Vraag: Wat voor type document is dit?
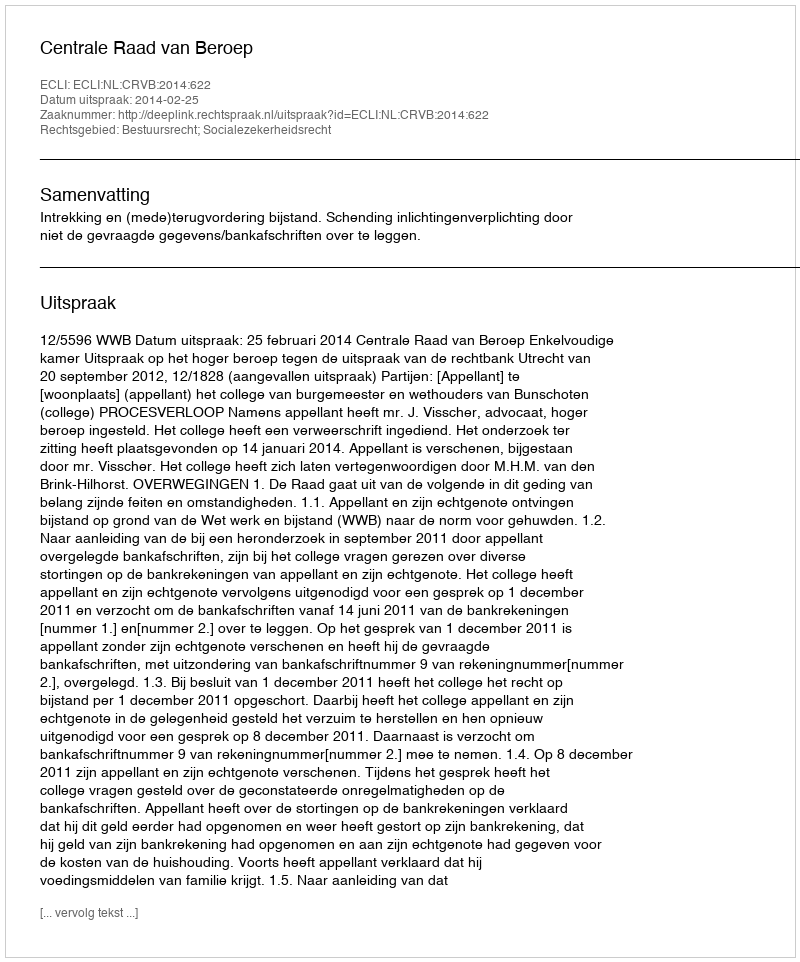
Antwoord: Uitspraak